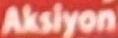
Akslyon